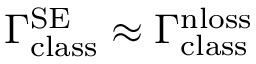
\Gamma _ { \mathrm { c l a s s } } ^ { \mathrm { S E } } \approx \Gamma _ { \mathrm { c l a s s } } ^ { \mathrm { n l o s s } }